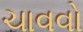
ચાવવો